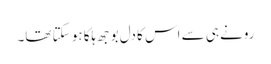
رونے ہی سے اس کا دل بوجھ ہلکا ہو سکتا تھا۔